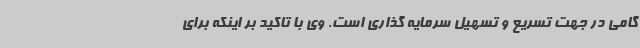
گامی در جهت تسریع و تسهیل سرمایه گذاری است. وی با تاکید بر اینکه برای